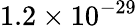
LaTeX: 1.2\times 10^{-29}